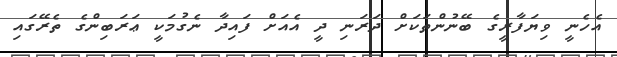
އެހެނީ ވިޔަފާރީގެ ބޭނުންތަކަށް ދަރަނި ދީ އެއަށް ފައިދާ ނެގުމަކީ ޢަރަބިންގެ ތެރޭގައި